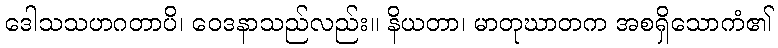
ဒေါသသဟဂတာပိ၊ ဝေဒနာသည်လည်း။ နိယတာ၊ မာတုဃာတက အစရှိသောကံ၏